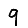
Digit: 9